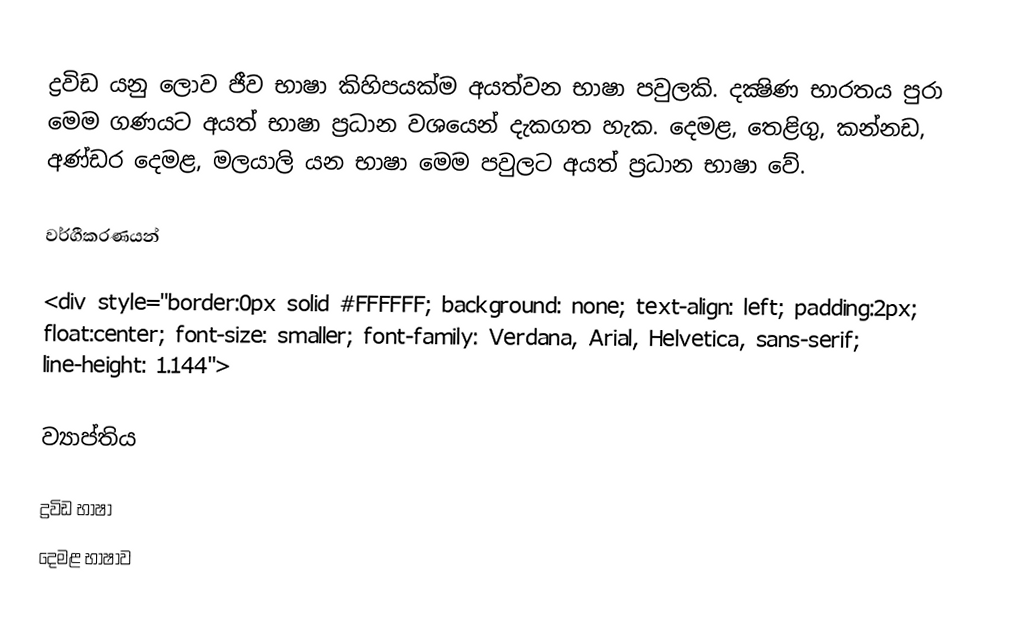
ද්‍රවිඩ යනු ලොව ජීව භාෂා කිහිපයක්ම අයත්වන භාෂා පවුලකි. දක්‍ෂිණ භාරතය පුරා මෙම ගණයට අයත් භාෂා ප්‍රධාන වශයෙන් දැකගත හැක. දෙමළ, තෙළිගු, කන්නඩ, අණ්ඩර දෙමළ, මලයාලි යන භාෂා මෙම පවුලට අයත් ප්‍රධාන භාෂා වේ.

වර්ගීකරණයන්

<div style="border:0px solid #FFFFFF; background: none; text-align: left; padding:2px; float:center; font-size: smaller; font-family: Verdana, Arial, Helvetica, sans-serif; line-height: 1.144">

ව්‍යාප්තිය

ද්‍රවිඩ භාෂා
දෙමළ භාෂාව